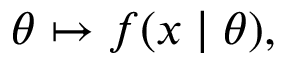
\theta \mapsto f ( x \mid \theta ) ,